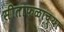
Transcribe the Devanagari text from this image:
सीताफळाच्या